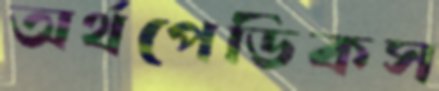
অর্থপেডিকস